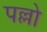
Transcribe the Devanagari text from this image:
पल्लो